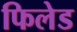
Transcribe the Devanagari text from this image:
फिलेड